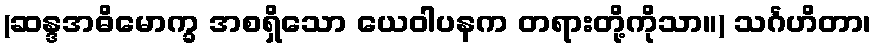
(ဆန္ဒအဓိမောက္ခ အစရှိသော ယေဝါပနက တရားတို့ကိုသာ။) သင်္ဂဟိတာ၊